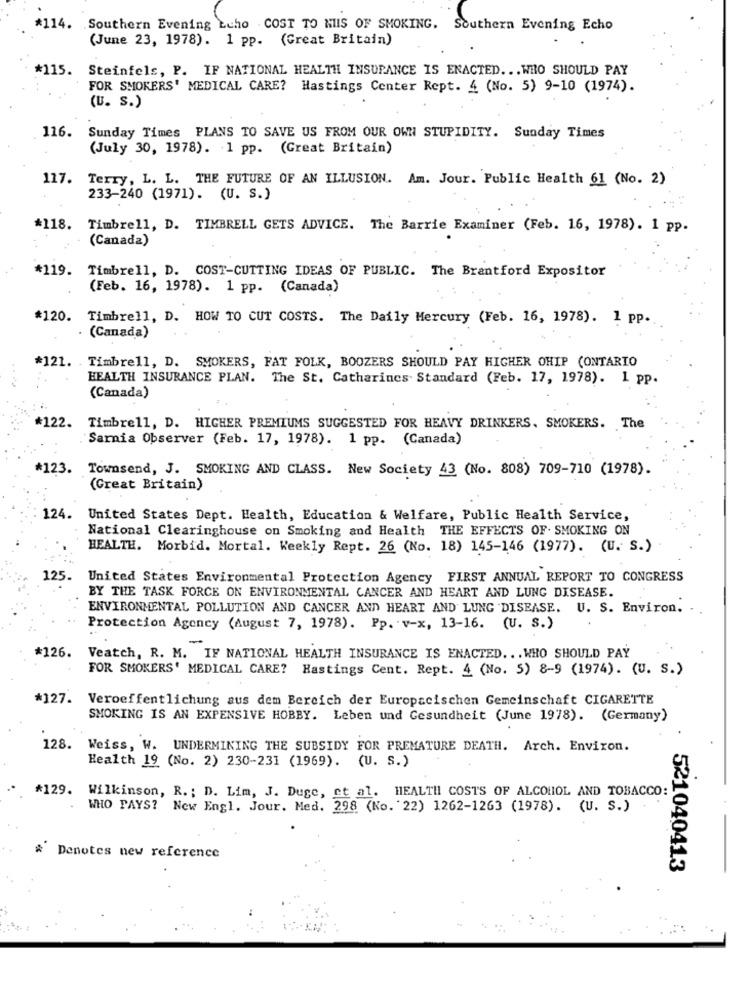
*114. Southern Evening Echo . COST TO MUIS OF SMOKING, Southern Evening Echo
(June 23, 1978). 1 pp. (Great Britain)
*115.
Steinfels, P. IF NATIONAL HEALTH INSURANCE IS ENACTED. .. WHO SHOULD PAY
FOR SMOKERS' MEDICAL CARE? Hastings Center Rept. 4 (No. 5) 9-10 (1974).
(U. S.)
116.
Sunday Times PLANS TO SAVE US FROM OUR OWN STUPIDITY. Sunday Times
(July 30, 1978). 1 pp. (Great Britain)
117. Terry, L. L. THE FUTURE OF AN ILLUSION. Am. Jour. Public Health 61 (No. 2)
233-240 (1971). (U. S.)
*118.
Timbrell, D. TIMBRELL GETS ADVICE. The Barrie Examiner (Feb. 16, 1978). 1 pp.
(Canada)
*119. Timbrell, D. COST-CUTTING IDEAS OF PUBLIC. The Brantford Expositor
(Feb. 16, 1978). 1 pp. (Canada)
*120. Timbrell, D. HOW TO CUT COSTS. The Daily Mercury (Feb. 16, 1978). 1 pp.
· (Canada)
*121. . Timbrell, D. SMOKERS, FAT FOLK, BOOZERS SHOULD PAY HIGHER OHIP (ONTARIO
HEALTH INSURANCE PLAN. The St. Catharines Standard (Feb. 17, 1978). 1 pp.
(Canada)
*122. Timbre11, D. HIGHER PREMIUMS SUGGESTED FOR HEAVY DRINKERS. SMOKERS. The
Sarnia Observer (Feb. 17, 1978). 1 pp. (Canada)
*123. Townsend, J. SMOKING AND CLASS. New Society 43 (No. 808) 709-710 (1978).
(Great Britain)
124. United States Dept. Health, Education & Welfare, Public Health Service,
National Clearinghouse on Smoking and Health THE EFFECTS OF. SMOKING ON
HEALTH. Morbid. Mortal. Weekly Rept. 26 (No. 18) 145-146 (1977). (U. S.)
125.
United States Environmental Protection Agency FIRST ANNUAL REPORT TO CONGRESS
BY THE TASK FORCE ON ENVIRONMENTAL CANCER AND HEART AND LUNG DISEASE.
ENVIRONMENTAL POLLUTION AND CANCER AND HEART AND LUNG DISEASE. U. S. Environ. .
Protection Agency (August 7, 1978). Pp. v-x, 13-16. (U. S.)
#126. Veatch, R. M. IF NATIONAL HEALTH INSURANCE IS ENACTED. . . WHO SHOULD PAY
FOR SMOKERS' MEDICAL CARE? Hastings Cent. Rept. 4 (No. 5) 8-9 (1974). (U. S.)
*127. Veroeffentlichung aus dem Bereich der Europacischen Gemeinschaft CIGARETTE
SMOKING IS AN EXPENSIVE HOBBY. Leben und Gesundheit (June 1978). (Germany)
128. Weiss, W. UNDERMINING THE SUBSIDY FOR PREMATURE DEATH. Arch. Environ.
Health 19 (No. 2) 230-231 (1969). (U. S.)
*129. Wilkinson, R. ; D. Lim, J. Duge, et al. HEALTH COSTS OF ALCOHOL AND TOBACCO:
WHO PAYS? New Engl. Jour. Med. 298 (No. 22) 1262-1263 (1978). (U. S.)
* Denotes new reference
521040413